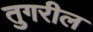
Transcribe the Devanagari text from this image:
तुगरील